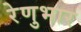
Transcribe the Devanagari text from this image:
रेणुभार